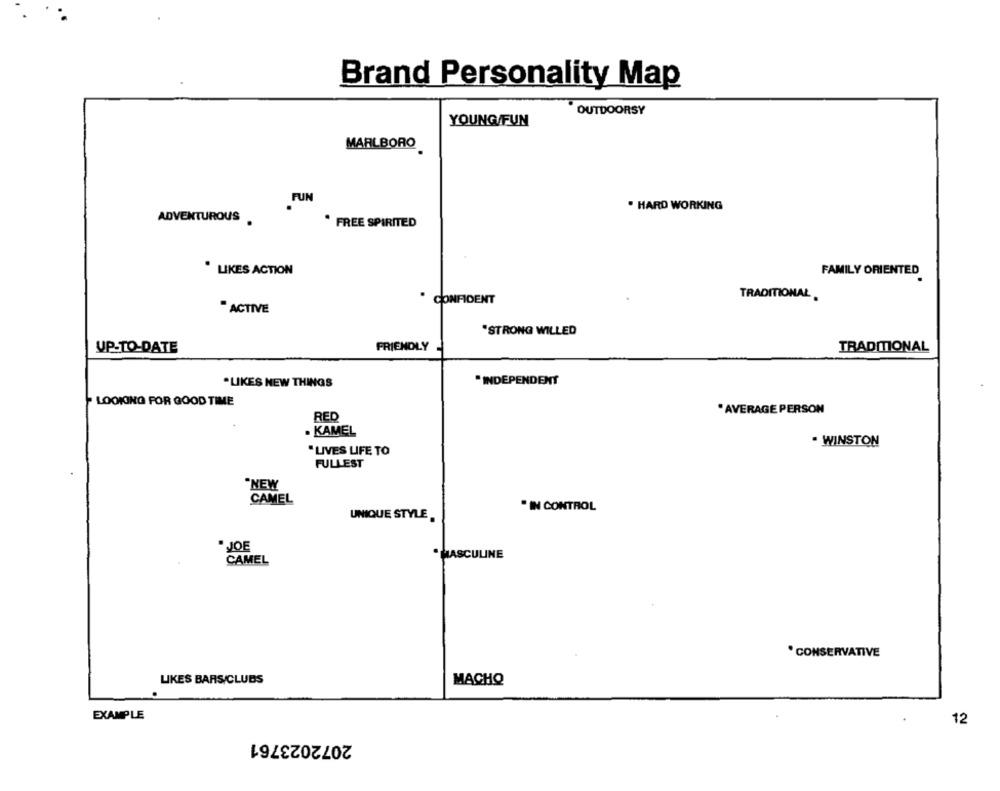
Brand Personality Map
OUTDOORSY
YOUNG/FUN
MARLBORO
FUN
. HARD WORKING
ADVENTUROUS
· FREE SPIRITED
. LIKES ACTION
FAMILY ORIENTED
. CONFIDENT
TRADITIONAL,
"ACTIVE
"STRONG WILLED
UP-TO-DATE
FRIENDLY-
TRADITIONAL
.LIKES NEW THINGS
INDEPENDENT
LOOKING FOR GOOD TIME
*AVERAGE PERSON
RED
. KAMEL
. WINSTON
LIVES LIFE TO
FULLEST
"NEW
CAMEL
" IN CONTROL
UNIQUE STYLE,
JOE
.MASCULINE
CAMEL
·CONSERVATIVE
LIKES BARS/CLUBS
MACHO
EXAMPLE
12
2072023761